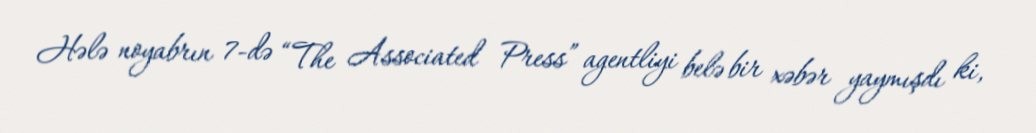
Hələ noyabrın 7-də “The Associated Press” agentliyi belə bir xəbər yaymışdı ki,